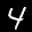
Label: 4